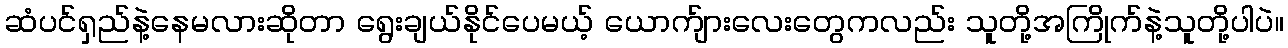
ဆံပင်ရှည်နဲ့နေမလားဆိုတာ ရွေးချယ်နိုင်ပေမယ့် ယောက်ျားလေးတွေကလည်း သူတို့အကြိုက်နဲ့သူတို့ပါပဲ။